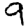
Digit: 9